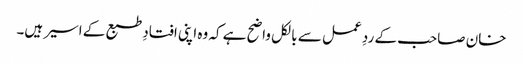
خان صاحب کے ردِ عمل سے بالکل واضح ہے کہ وہ اپنی افتادِ طبع کے اسیر ہیں۔